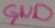
Text: GND